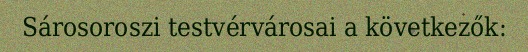
Sárosoroszi testvérvárosai a következők: